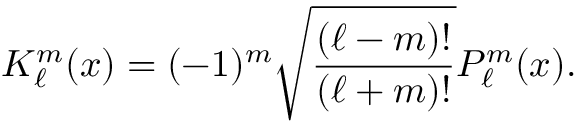
K _ { \ell } ^ { m } ( x ) = ( - 1 ) ^ { m } \sqrt { \frac { ( \ell - m ) ! } { ( \ell + m ) ! } } P _ { \ell } ^ { m } ( x ) .